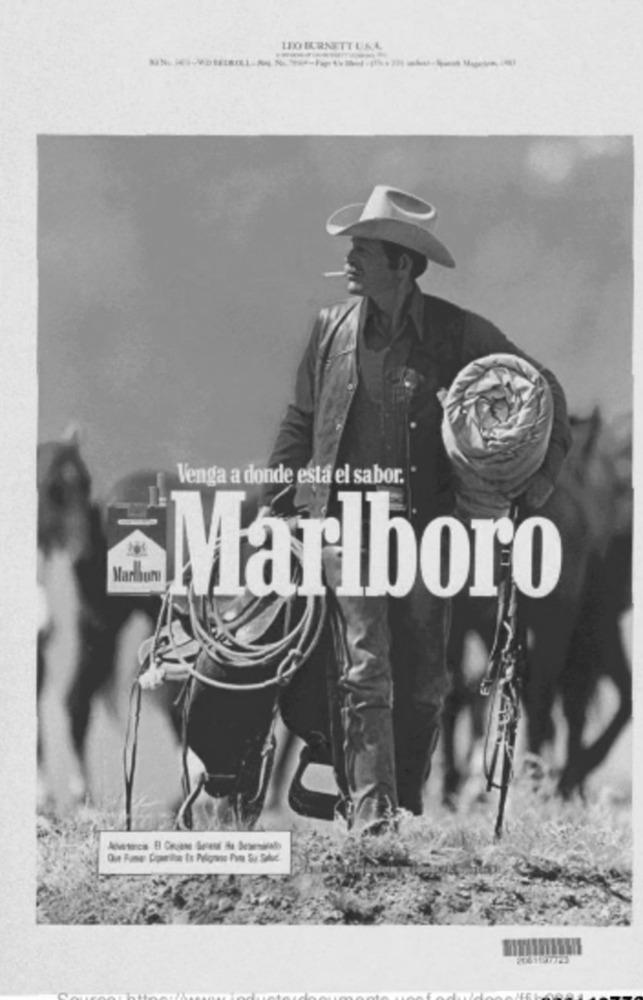
LEO IERNETTUAL
Venga a donde esta el sabor.
Marlbun
Marlboro